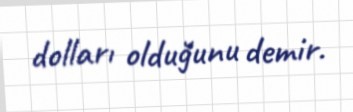
dolları olduğunu demir.